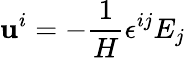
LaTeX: \mathbf{u}^{i}=-\frac{{1}}{{H}}\epsilon^{ij}E_{j}